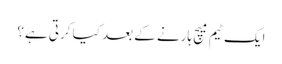
ایک ٹیم میچ ہارنے کے بعد کیا کرتی ہے؟